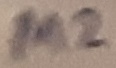
Text: M2